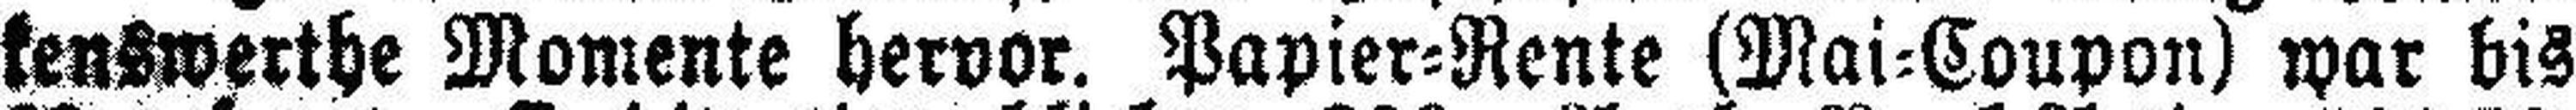
kenswerthe Momente hervor. Papier=Rente (Mai=Coupon) war bis